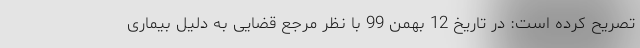
تصریح کرده است: در تاریخ 12 بهمن 99 با نظر مرجع قضایی به دلیل بیماری